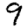
Digit: 9